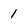
Character: 1